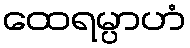
ထေရမ္ပာဟံ